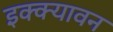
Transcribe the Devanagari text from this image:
इक्क्यावन